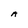
Character: A